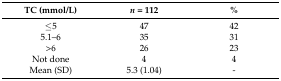
<table><thead><tr><td><b>TC (mmol/L)</b></td><td><b><i>n</i> = 112</b></td><td><b>%</b></td></tr></thead><tbody><tr><td>≤5</td><td>47</td><td>42</td></tr><tr><td>5.1–6</td><td>35</td><td>31</td></tr><tr><td>&gt;6</td><td>26</td><td>23</td></tr><tr><td>Not done</td><td>4</td><td>4</td></tr><tr><td>Mean (SD)</td><td>5.3 (1.04)</td><td>-</td></tr></tbody></table>